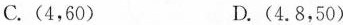
C.(4，60) D.(4.8，50)